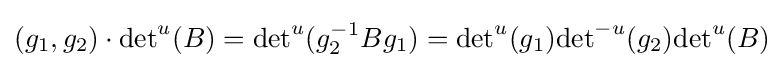
(g_{1},g_{2})\cdot {\det }^{u}(B)={\det }^{u}(g_{2}^{-1}Bg_{1})={\det }^{u}(g_{1}){\det }^{-u}(g_{2}){\det }^{u}(B)